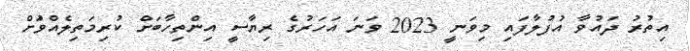
އިތުރު ދައުވާ އުފުލާފައި މިވަނީ 2023 ވަނަ އަހަރުގެ ރިޔާސީ އިންތިހާބަށް ކުރިމަތިލެއްވުަށް